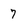
Character: 7